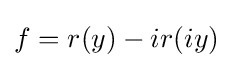
f=r(y)-ir(iy)